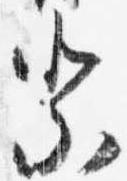
祭